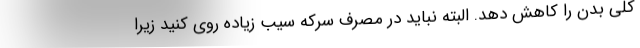
کلی بدن را کاهش دهد. البته نباید در مصرف سرکه سیب زیاده روی کنید زیرا